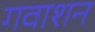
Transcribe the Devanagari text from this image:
गवाशन